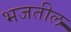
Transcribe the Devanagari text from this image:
भजतील